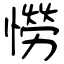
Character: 憦